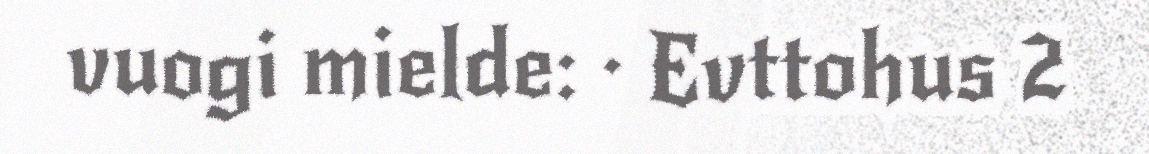
vuogi mielde: · Evttohus 2